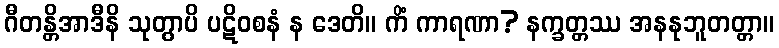
ဂီတန္တိအာဒီနိ သုတွာပိ ပဋိဝစနံ န ဒေတိ။ ကိံ ကာရဏာ? နက္ခတ္တဿ အနနုဘူတတ္တာ။